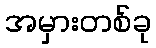
အမှားတစ်ခု